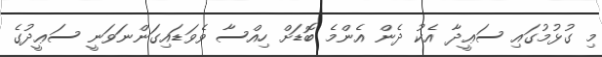
މި ގުޅުމުގައި ސަޢީދާ އެކު ދެން އެންމެ ބޮޑަށް ހިއްސާ ވެވަޑައިގަންނަވަނީ ސަޢީދުގެ